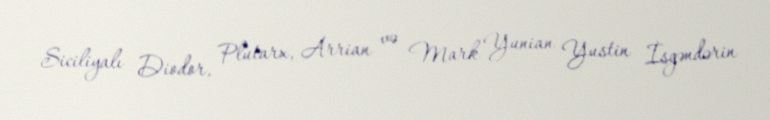
Siciliyalı Diodor, Plutarx, Arrian və Mark Yunian Yustin İsgəndərin